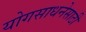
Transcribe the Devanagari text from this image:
योगसाधनेसाठी